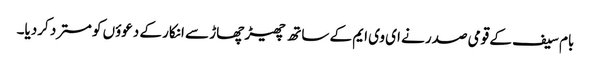
بام سیف کے قومی صدر نے ای وی ایم کے ساتھ چھیڑ چھاڑ سے انکار کے دعوؤں کو مسترد کردیا۔